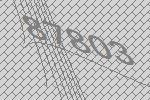
87803